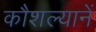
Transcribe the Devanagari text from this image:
कौशल्यानें